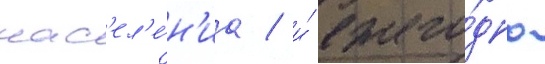
нас'ел'е́н'иа / и́ ежего́дно